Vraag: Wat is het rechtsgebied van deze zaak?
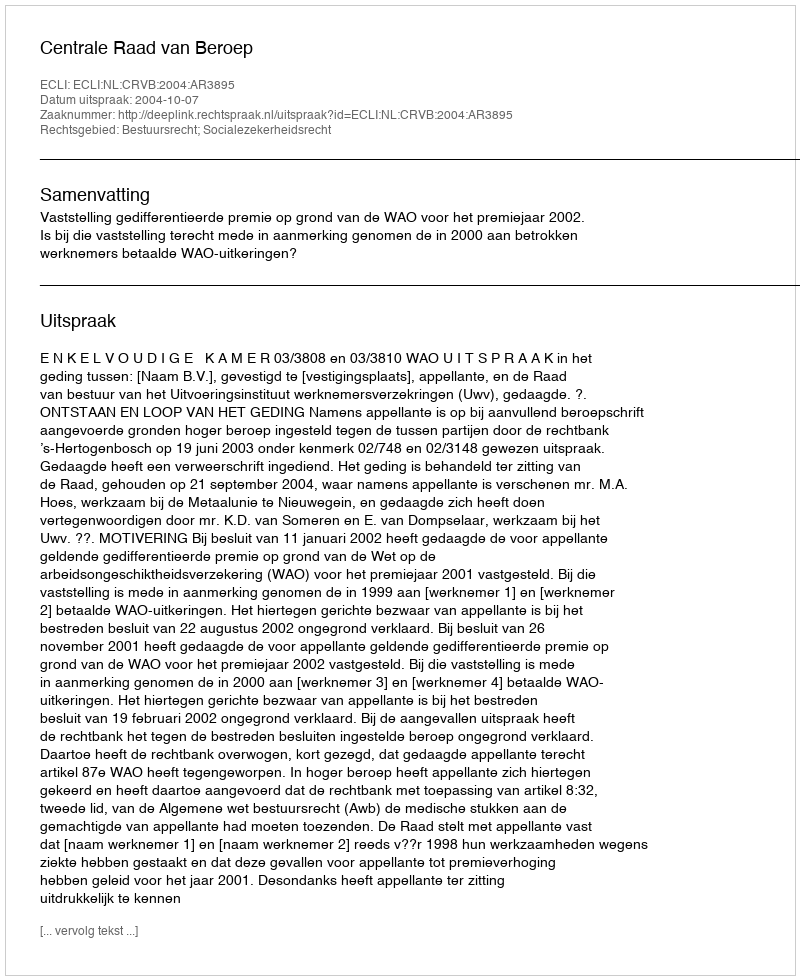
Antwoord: Bestuursrecht; Socialezekerheidsrecht